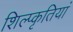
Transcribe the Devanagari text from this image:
शिल्प्कृतियां